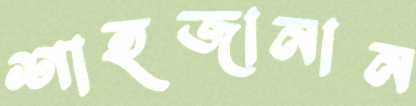
শাহজানান